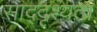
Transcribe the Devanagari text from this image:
साद्दृश्यता